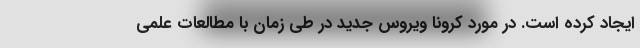
ایجاد کرده است. در مورد کرونا ویروس جدید در طی زمان با مطالعات علمی